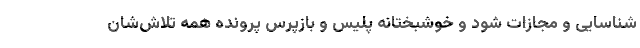
شناسایی و مجازات شود و خوشبختانه پلیس و بازپرس پرونده همه تلاش‌شان